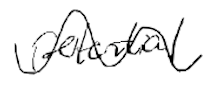
Text: potential
Cross-out: wave
Writing tool: digital_black